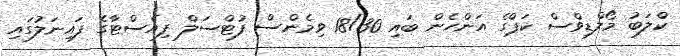
ކްލަބު މޯލްޑިވްސް ކަޕްގެ އަންހެން ބައި 18/30 ވިމެންސް ފުޓްސަލް ފިއެސްޓާގެ ފައިނަލުގައި